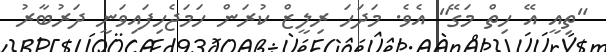
"ތިއީ އޭ ހިތް މަގޭ" އެވެ. މަދަހަ ރިލީޒް ކުރަން ހަމަޖެހިފައިވަނީ ދަރުބާރު